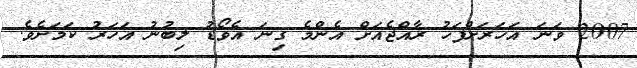
2007 ވަނަ އަހަރަށްފަހު ރާއްޖެއަށް އެންމެ ގިނަ އެވޯޑު ލިބުނު އަހަރު ކަމަށެވެ.